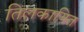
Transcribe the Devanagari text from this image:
तिलकायित